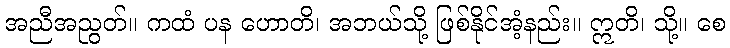
အညီအညွတ်။ ကထံ ပန ဟောတိ၊ အဘယ်သို့ ဖြစ်နိုင်အံ့နည်း။ ဣတိ၊ သို့။ စေ